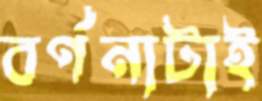
বর্ণনাটাই